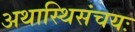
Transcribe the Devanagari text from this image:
अथास्थिसंचयः